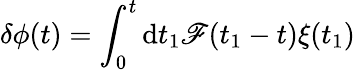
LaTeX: \delta\phi(t)=\int_{0}^{t}\mathrm{d}t_{1}\mathscr{F}(t_{1}-t)\xi(t_{1})